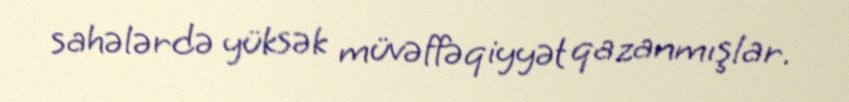
sahələrdə yüksək müvəffəqiyyət qazanmışlar.